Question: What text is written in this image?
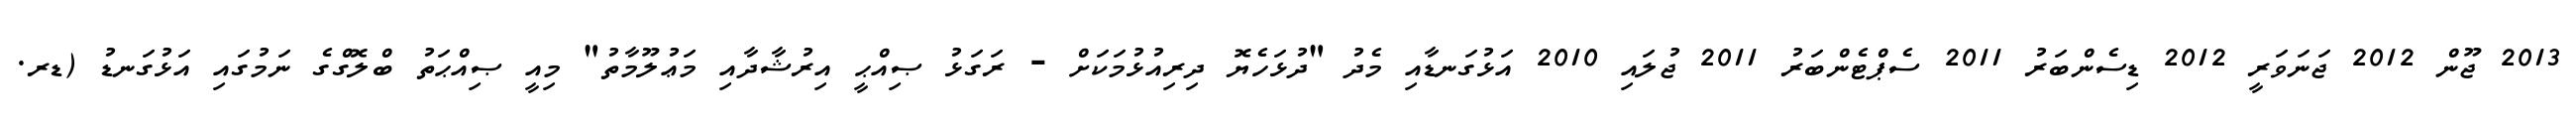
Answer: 2013 ޖޫން 2012 ޖަނަވަރީ 2012 ޑިސެންބަރު 2011 ސެޕްޓެންބަރު 2011 ޖުލައި 2010 އަޅުގަނޑާއި މެދު "ދުޅަހެޔޮ ދިރިއުޅުމަކަށް - ރަގަޅު ޞިއްޙީ އިރުޝާދާއި މަޢުލޫމާތު" މިއީ ޞިއްޙަތު ބްލޮގްގެ ނަމުގައި އަޅުގަނޑު (ޑރ.